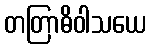
တတြာဓိဝါသယေ